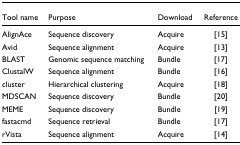
| Tool name | Purpose | Download | Reference |
 | --- | --- | --- | --- |
 | AlignAce | Sequence discovery | Acquire | [15] |
 | Avid | Sequence alignment | Acquire | [13] |
 | BLAST | Genomic sequence matching | Bundle | [17] |
 | ClustalW | Sequence alignment | Bundle | [16] |
 | cluster | Hierarchical clustering | Acquire | [18] |
 | MDSCAN | Sequence discovery | Bundle | [20] |
 | MEME | Sequence discovery | Bundle | [19] |
 | fastacmd | Sequence retrieval | Bundle | [17] |
 | rVista | Sequence alignment | Acquire | [14] |